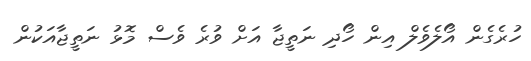
ހުރެގެން އޯލެވެލް އިން ހޯދި ނަތީޖާ އަށް ވުރެ ވެސް މޮޅު ނަތީޖާއަކުން